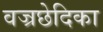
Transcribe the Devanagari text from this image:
वज्रछेदिका